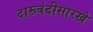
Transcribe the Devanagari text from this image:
दारूबंदीसारखे